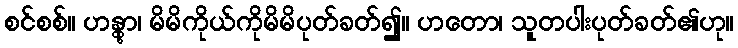
စင်စစ်။ ဟန္တွာ၊ မိမိကိုယ်ကိုမိမိပုတ်ခတ်၍။ ဟတော၊ သူတပါးပုတ်ခတ်၏ဟု။